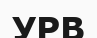
УРВ